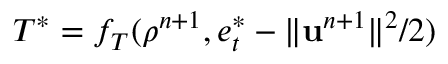
T ^ { * } = f _ { T } ( \rho ^ { n + 1 } , e _ { t } ^ { * } - \| \mathbf { u } ^ { n + 1 } \| ^ { 2 } / 2 )